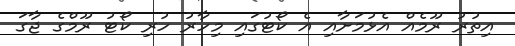
އިތުރު ރޫމެއް އެޅުމަށާއި އެ ކޯޓުގައި މިހާރު ހުރި ކޯޓު ރޫމްގެ ޖާގަ